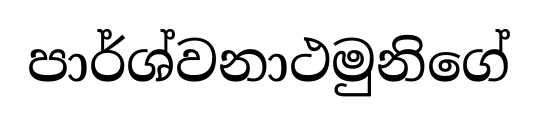
පාර්ශ්වනාථමුනිගේ